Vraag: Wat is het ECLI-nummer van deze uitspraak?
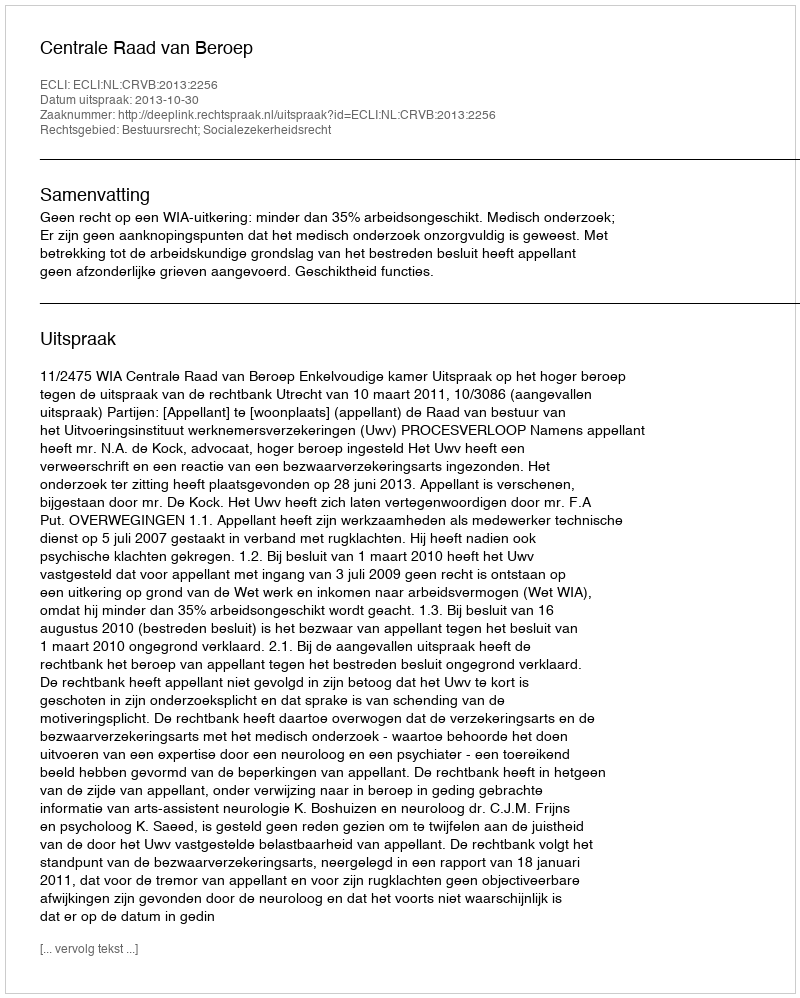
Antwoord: ECLI:NL:CRVB:2013:2256